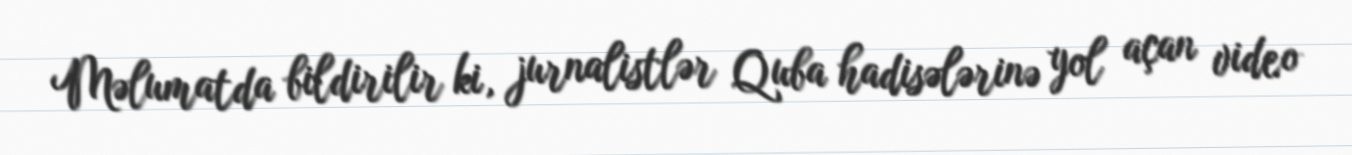
Məlumatda bildirilir ki, jurnalistlər Quba hadisələrinə yol açan video